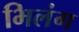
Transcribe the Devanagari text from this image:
भिलंग